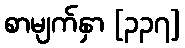
စာမျက်နှာ [၃၃၇]